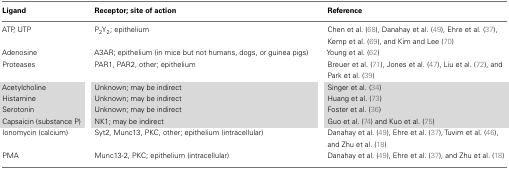
<table><thead><tr><td><b>Ligand</b></td><td><b>Receptor; site of action</b></td><td><b>Reference</b></td></tr></thead><tbody><tr><td>ATP, UTP</td><td>P<sub>2</sub>Y<sub>2</sub>; epithelium</td><td>Chen et al. (68), Danahay et al. (49), Ehre et al. (37), Kemp et al. (69), and Kim and Lee (70)</td></tr><tr><td>Adenosine</td><td>A3AR; epithelium (in mice but not humans, dogs, or guinea pigs)</td><td>Young et al. (62)</td></tr><tr><td>Proteases</td><td>PAR1, PAR2, other; epithelium</td><td>Breuer et al. (71), Jones et al. (47), Liu et al. (72), and Park et al. (39)</td></tr><tr><td>Acetylcholine</td><td>Unknown; may be indirect</td><td>Singer et al. (34)</td></tr><tr><td>Histamine</td><td>Unknown; may be indirect</td><td>Huang et al. (73)</td></tr><tr><td>Serotonin</td><td>Unknown; may be indirect</td><td>Foster et al. (36)</td></tr><tr><td>Capsaicin (substance P)</td><td>NK1; may be indirect</td><td>Guo et al. (74) and Kuo et al. (75)</td></tr><tr><td>Ionomycin (calcium)</td><td>Syt2, Munc13, PKC, other; epithelium (intracellular)</td><td>Danahay et al. (49), Ehre et al. (37), Tuvim et al. (46), and Zhu et al. (18)</td></tr><tr><td>PMA</td><td>Munc13-2, PKC; epithelium (intracellular)</td><td>Danahay et al. (49), Ehre et al. (37), and Zhu et al. (18)</td></tr></tbody></table>